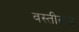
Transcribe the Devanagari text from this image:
वस्तीकडे